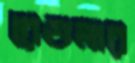
রেগুলার